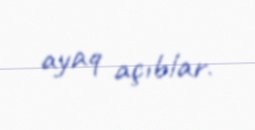
ayaq açıblar.